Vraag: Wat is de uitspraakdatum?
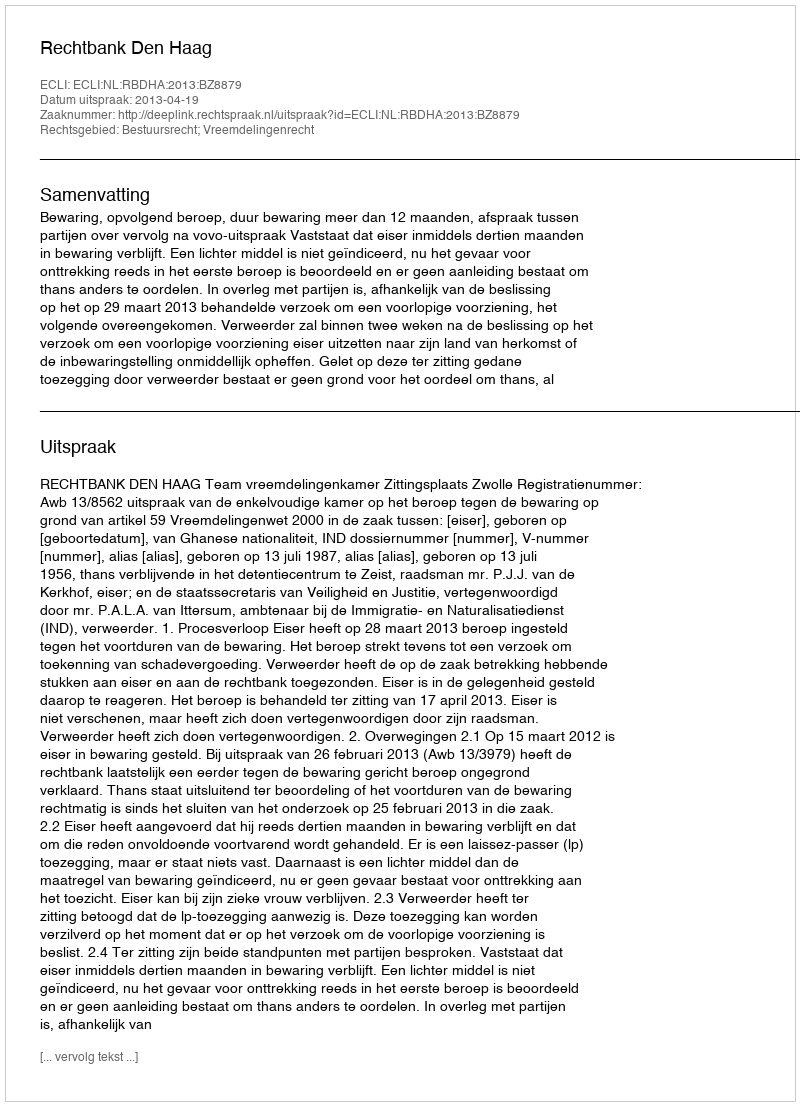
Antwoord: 2013-04-19